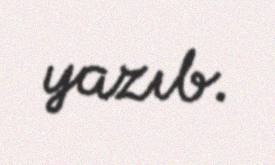
yazıb.